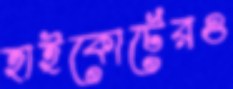
হাইকোর্টেরও